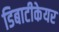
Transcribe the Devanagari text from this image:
डिबाटीकेयर